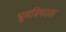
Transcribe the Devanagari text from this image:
भ्रूणविषयक